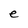
Character: e